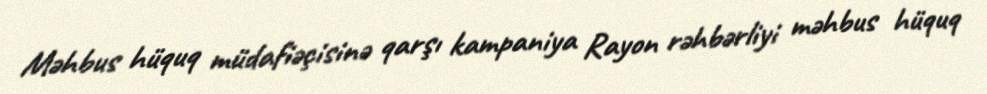
Məhbus hüquq müdafiəçisinə qarşı kampaniya Rayon rəhbərliyi məhbus hüquq